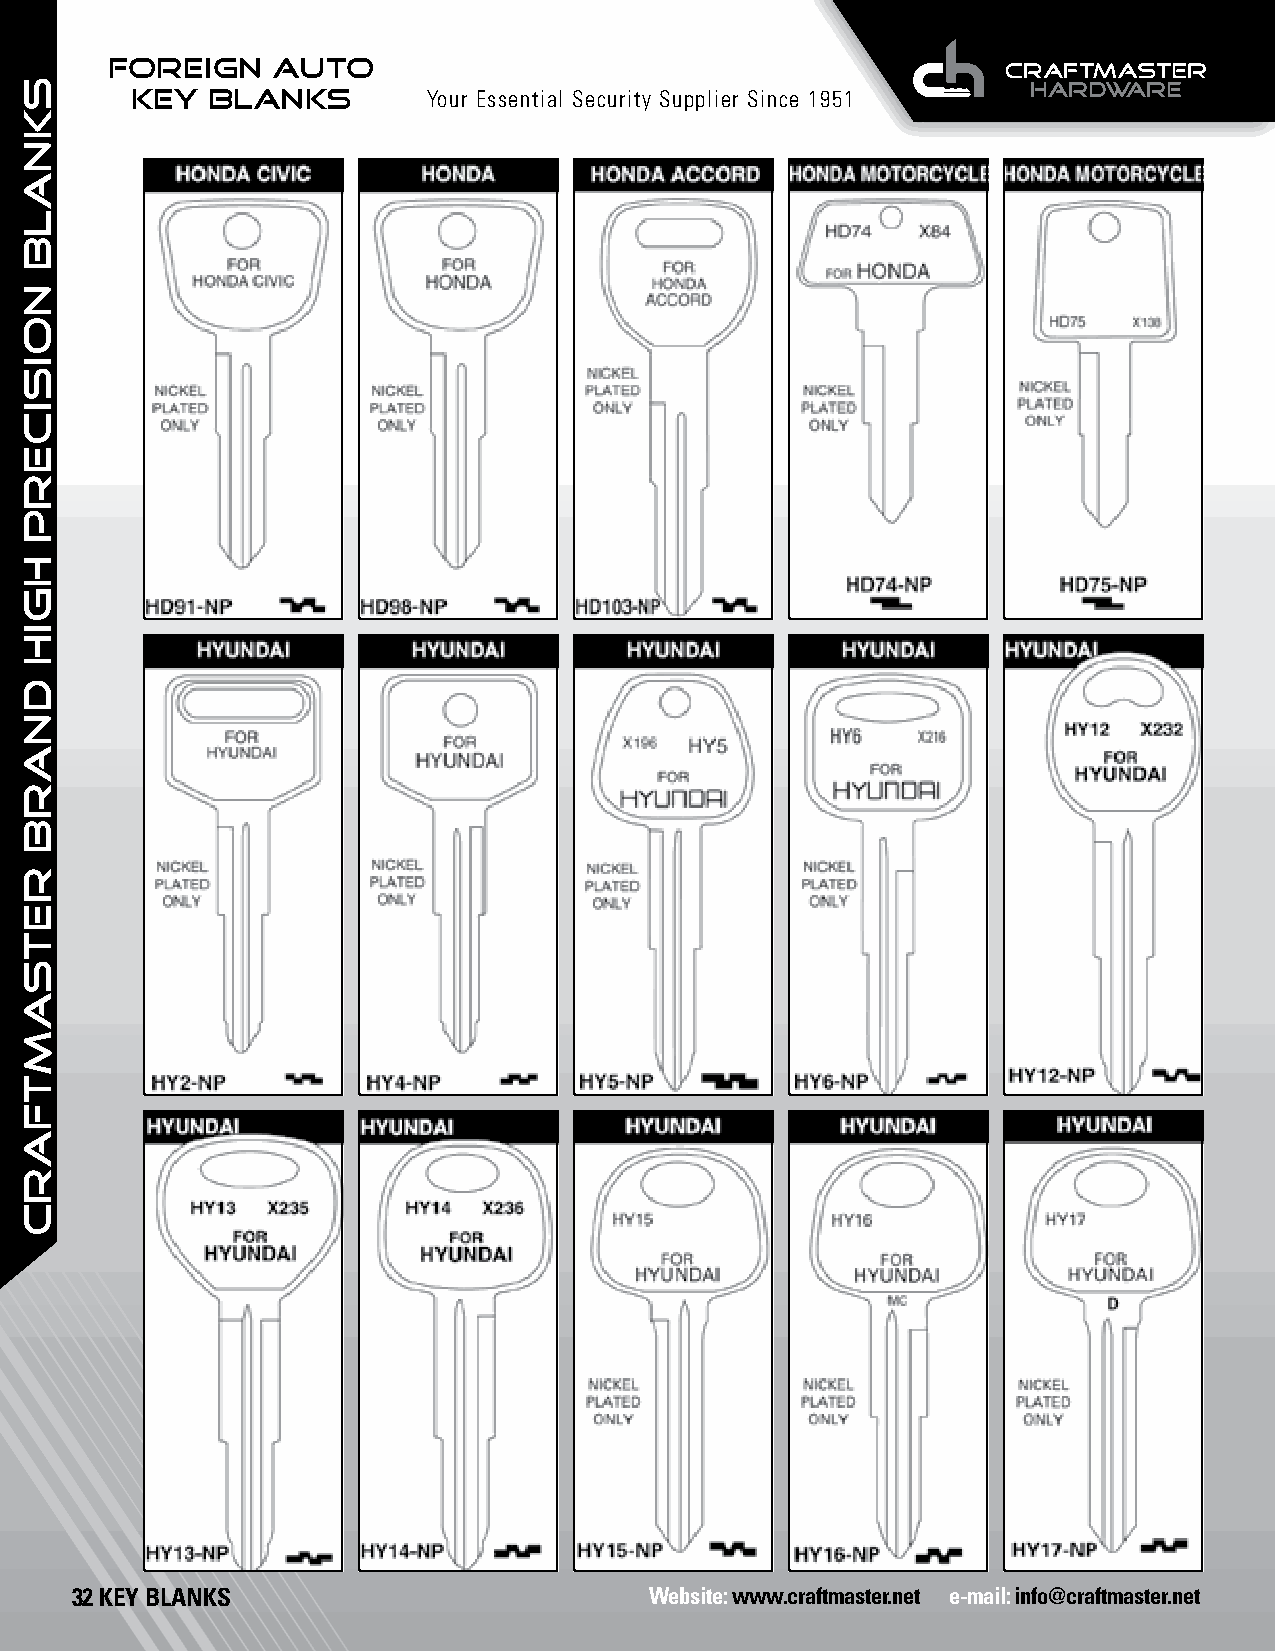
FOREIGN    AUTO
 KEY  BLANKS        Your Essential Security Supplier Since 1951
 32 KEY BLANKS                         Website: www.craftmaster.net e-mail: info@craftmaster.net
 SKNALB
 NOISICERP
 HGIH
 dnarb
 retsamtfarc